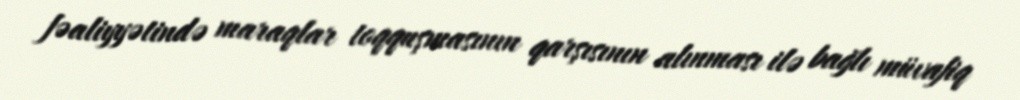
fəaliyyətində maraqlar toqquşmasının qarşısının alınması ilə bağlı müvafiq